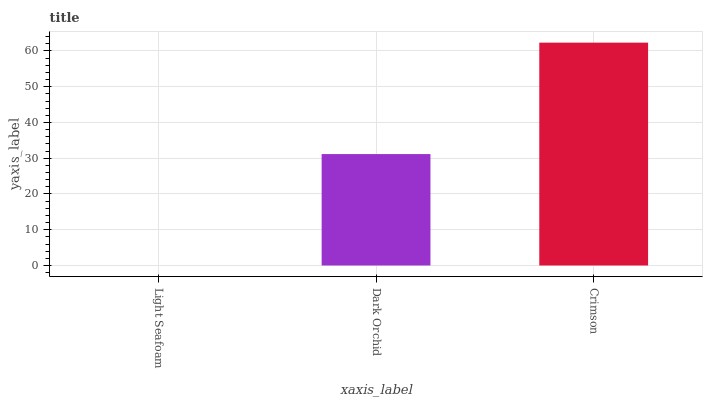
| xaxis_label | bars |
 | --- | --- |
 | Light Seafoam | 0 |
 | Dark Orchid | 31.2 |
 | Crimson | 62.3 |